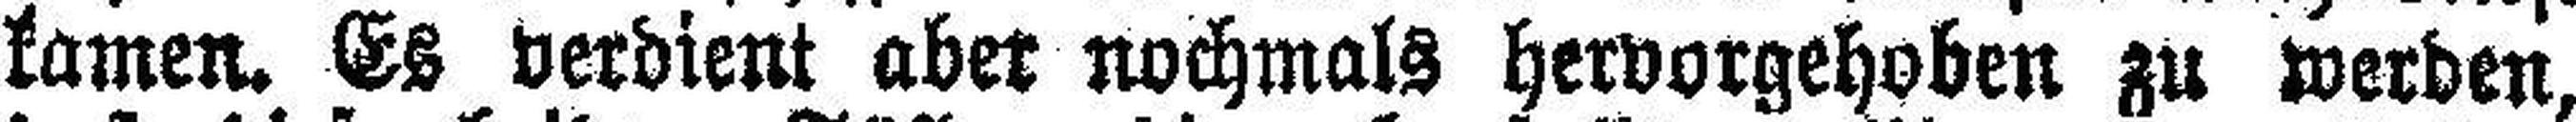
kamen. Es verdient aber nochmals hervorgehoben zu werden,